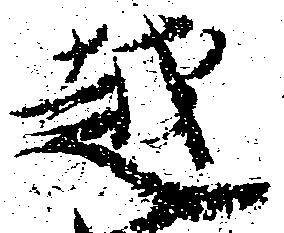
越